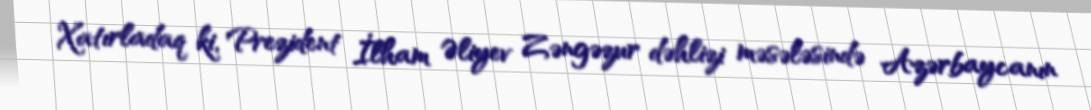
Xatırladaq ki, Prezident İlham Əliyev Zəngəzur dəhlizi məsələsində Azərbaycanın